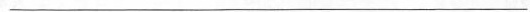
___